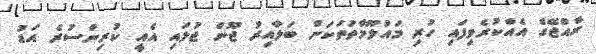
ރާއްޖޭގެ އެއްކުރެވިފައި ހުރި މައުލޫމާތުތަކަށް ބަލާއިރު ޖޫން ޖުލައި އެއީ ކުރިންސުރެ އަޑު